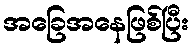
အခြေအနေဖြစ်ပြီး